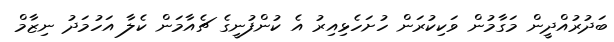
ބަދުރުއްދީން މަގާމުން ވަކިކުރަން ހުށަހެޅިއިރު އެ ކުންފުނީގެ ޗެއާމަން ކެލާ އަހުމަދު ނިޒާމް